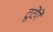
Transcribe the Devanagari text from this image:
टूटेंगे